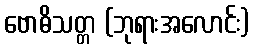
ဗောဓိသတ္တ (ဘုရားအလောင်း)